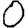
Digit: 0